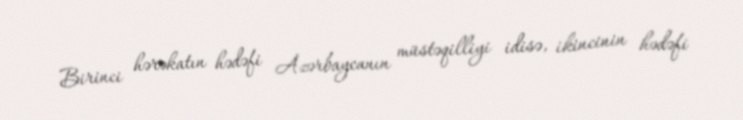
Birinci hərəkatın hədəfi Azərbaycanın müstəqilliyi idisə, ikincinin hədəfi